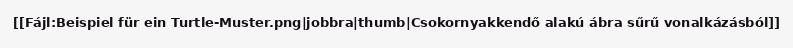
[[Fájl:Beispiel für ein Turtle-Muster.png|jobbra|thumb|Csokornyakkendő alakú ábra sűrű vonalkázásból]]